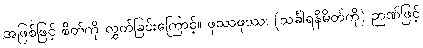
အဖြစ်ဖြင့် စိတ်ကို လွှတ်ခြင်းကြောင့်။ ဖုဿဖုဿ၊ (သင်္ခါရနိမိတ်ကို) ဉာဏ်ဖြင့်